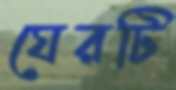
ঘেরটি